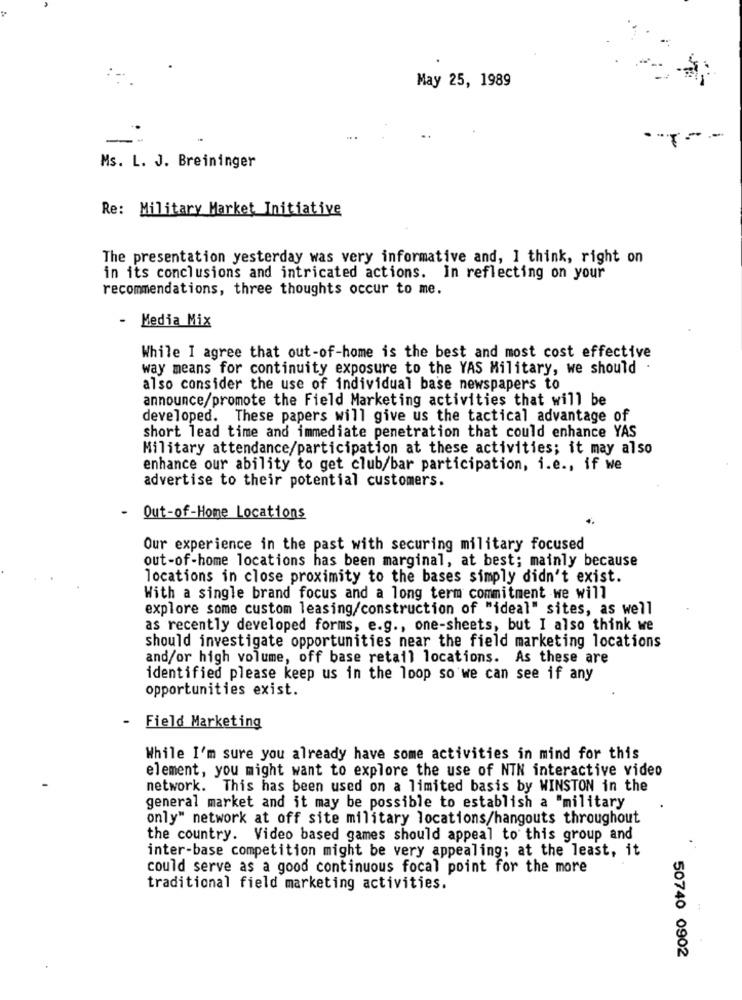
May 25, 1989
·----
Ms. L. J. Breininger
Re: Military Market Initiative
The presentation yesterday was very informative and, I think, right on
in its conclusions and intricated actions. In reflecting on your
recommendations, three thoughts occur to me.
-
Media Mix
While I agree that out-of-home is the best and most cost effective
way means for continuity exposure to the YAS Military, we should
also consider the use of individual base newspapers to
announce/promote the Field Marketing activities that will be
developed. These papers will give us the tactical advantage of
short lead time and immediate penetration that could enhance YAS
Military attendance/participation at these activities; it may also
enhance our ability to get club/bar participation, i.e ., if we
advertise to their potential customers.
Out-of-Home Locations
Our experience in the past with securing military focused
out-of-home locations has been marginal, at best; mainly because
locations in close proximity to the bases simply didn't exist.
With a single brand focus and a long term commitment we will
explore some custom leasing/construction of "ideal" sites, as well
as recently developed forms, e.g ., one-sheets, but I also think we
should investigate opportunities near the field marketing locations
and/or high volume, off base retail locations. As these are
identified please keep us in the loop so we can see if any
opportunities exist.
-
Field Marketing
While I'm sure you already have some activities in mind for this
element, you might want to explore the use of NIN interactive video
network. This has been used on a limited basis by WINSTON in the
general market and it may be possible to establish a "military
only" network at off site military locations/hangouts throughout
the country. Video based games should appeal to this group and
inter-base competition might be very appealing; at the least, it
could serve as a good continuous focal point for the more
traditional field marketing activities.
50740 0902